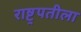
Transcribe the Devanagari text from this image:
राष्ट्रपतीला